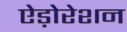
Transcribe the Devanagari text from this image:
ऐड़ोरेशन